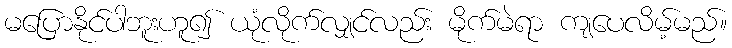
မပြောနိုင်ပါဘူးဟူ၍ ယုံလိုက်လျှင်လည်း မိုက်မဲရာ ကျပေလိမ့်မည်။